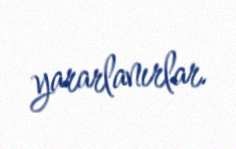
yararlanırlar.